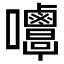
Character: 𡅿